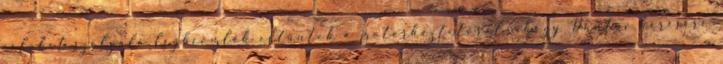
célokat szolgáló légbeömlők eltűntek a motorháztetőről, ahogy Duntov kérésére